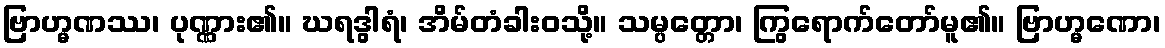
ဗြာဟ္မဏဿ၊ ပုဏ္ဏား၏။ ဃရဒွါရံ၊ အိမ်တံခါးဝသို့။ သမ္ပတ္တော၊ ကြွရောက်တော်မူ၏။ ဗြာဟ္မဏော၊